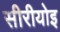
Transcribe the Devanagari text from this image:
सीरीयोइ